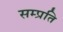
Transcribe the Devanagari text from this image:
सम्‍प्रति